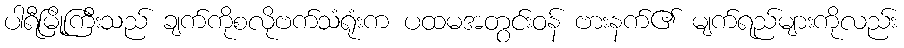
ပါရီမြို့ကြီးသည် ချက်ကိုစလိုဗက်သံရုံးက ပထမအတွင်းဝန် ဗားနက်၏ မျက်ရည်များကိုလည်း